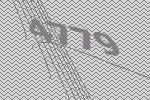
4779